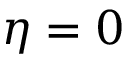
\eta = 0